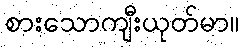
စားသောကျီးယုတ်မာ။